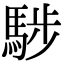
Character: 𩣝